Scottish Certificate of Education, 1962
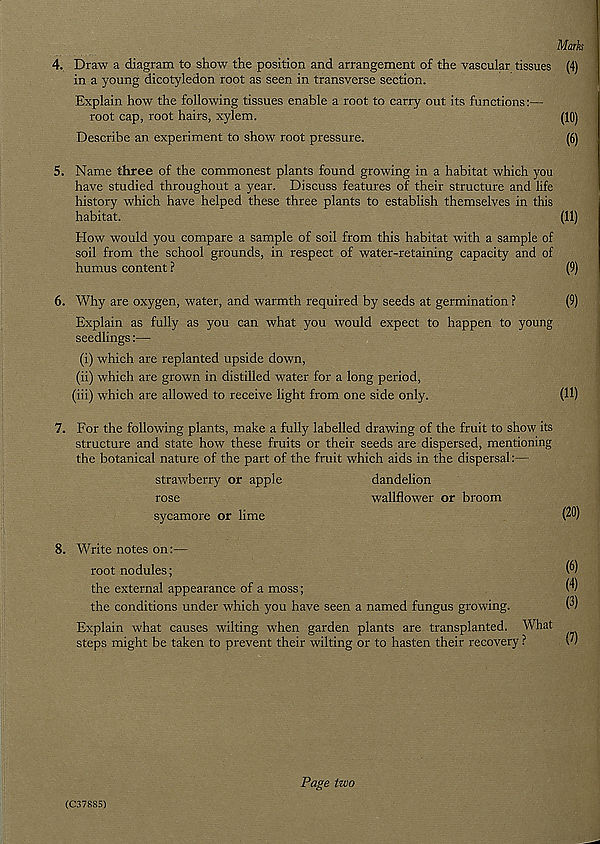
Marks
4. Draw a diagram to show the position and arrangement of the vascular tissues (4)
in a young dicotyledon root as seen in transverse section.
Explain how the following tissues enable a root to carry out its functions:—
root cap, root hairs, xylem.
(10)
Describe an experiment to show root pressure.
(6)
5. Name three of the commonest plants found growing in a habitat which you
have studied throughout a year. Discuss features of their structure and life
history which have helped these three plants to establish themselves in this
habitat.
(11)
How would you compare a sample of soil from this habitat with a sample of
soil from the school grounds, in respect of water-retaining capacity and of
humus content ?
(9)
6. Why are oxygen, water, and warmth required by seeds at germination ?
(9)
Explain as fully as you can what you would expect to happen to young
seedlings:—
(i) which are replanted upside down,
(ii) which are grown in distilled water for a long period,
(iii) which are allowed to receive light from one side only.
(11)
7. For the following plants, make a fully labelled drawing of the fruit to show its
structure and state how these fruits or their seeds are dispersed, mentioning
the botanical nature of the part of the fruit which aids in the dispersal:—
strawberry or apple
rose
sycamore or lime
dandelion
wallflower or broom
(20)
8. Write notes on:—
root nodules;
the external appearance of a moss;
the conditions under which you have seen a named fungus growing.
Explain what causes wilting when garden plants are transplanted. What
steps might be taken to prevent their wilting or to hasten their recovery ?
(6)
(4)
(3)
(7)
(C37885)
Page two